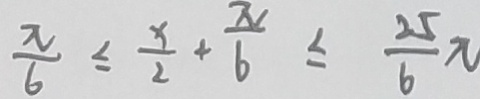
\frac { \pi } { 6 } \leq \frac { x } { 2 } + \frac { \pi } { 6 } \leq \frac { 2 5 } { 6 } \pi